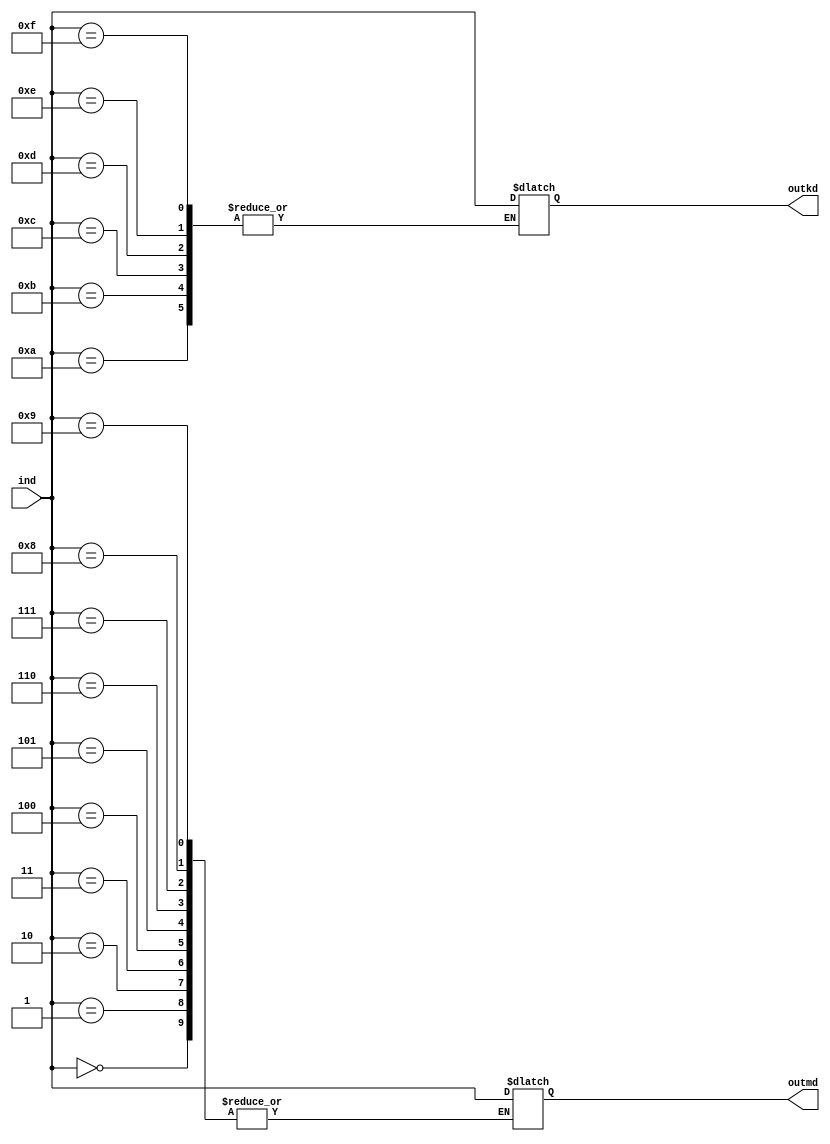
module divider(ind,outkd,outmd);
	input[3:0]ind;
	output reg[3:0]outkd,outmd;
	always @ (ind)
		case(ind)
			4'd0:outkd = ind;
			4'd1:outkd = ind;
			4'd2:outkd = ind;
			4'd3:outkd = ind;
			4'd4:outkd = ind;
			4'd5:outkd = ind;
			4'd6:outkd = ind;
			4'd7:outkd = ind;
			4'd8:outkd = ind;
			4'd9:outkd = ind;
			4'd10:outmd = ind;
			4'd11:outmd = ind;
			4'd12:outmd = ind;
			4'd13:outmd = ind;
			4'd14:outmd = ind;
			4'd15:outmd = ind;
			default:begin outkd = outkd;outmd = outmd; end
		endcase
endmodule